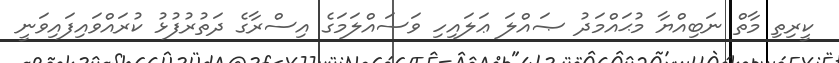
ކީރިތި މާތް ނަބިއްޔާ މުޙައްމަދު ޞައްލަ ޢަލައިހި ވަސައްލަމަގެ އިސްރާގެ ދަތުރުފުޅު ކުރައްވައިފައިވަނީ